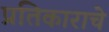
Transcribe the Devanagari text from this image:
प्रतिकाराचे